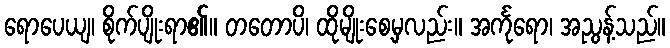
ရောပေယျ၊ စိုက်ပျိုးရာ၏။ တတောပိ၊ ထိုမျိုးစေ့မှလည်း။ အင်္ကုရော၊ အညွန့်သည်။